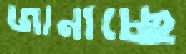
জানাচ্ছে